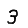
Digit: 3